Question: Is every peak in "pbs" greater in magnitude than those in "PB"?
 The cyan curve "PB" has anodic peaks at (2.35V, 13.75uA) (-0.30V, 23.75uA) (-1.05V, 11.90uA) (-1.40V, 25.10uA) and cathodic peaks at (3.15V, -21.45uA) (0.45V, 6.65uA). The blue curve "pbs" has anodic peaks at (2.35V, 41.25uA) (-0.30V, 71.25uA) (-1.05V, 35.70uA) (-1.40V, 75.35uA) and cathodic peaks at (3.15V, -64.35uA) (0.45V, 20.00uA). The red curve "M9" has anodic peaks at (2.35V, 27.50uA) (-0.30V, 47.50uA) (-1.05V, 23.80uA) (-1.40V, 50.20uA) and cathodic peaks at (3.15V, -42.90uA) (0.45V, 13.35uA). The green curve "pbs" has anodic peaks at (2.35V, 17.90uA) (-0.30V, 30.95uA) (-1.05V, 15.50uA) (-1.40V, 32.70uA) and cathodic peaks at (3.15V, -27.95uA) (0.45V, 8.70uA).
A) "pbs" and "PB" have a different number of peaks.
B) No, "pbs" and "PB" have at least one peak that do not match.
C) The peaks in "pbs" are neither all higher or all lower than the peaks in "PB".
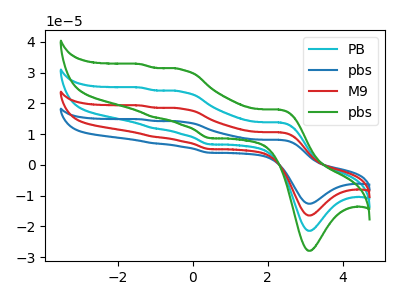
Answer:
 <answer>C) The peaks in "pbs" are neither all higher or all lower than the peaks in "PB".</answer>
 <eval>C</eval>